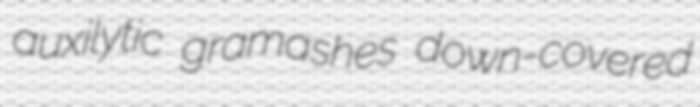
auxilytic gramashes down-covered